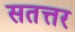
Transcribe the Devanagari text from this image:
सतत्तर